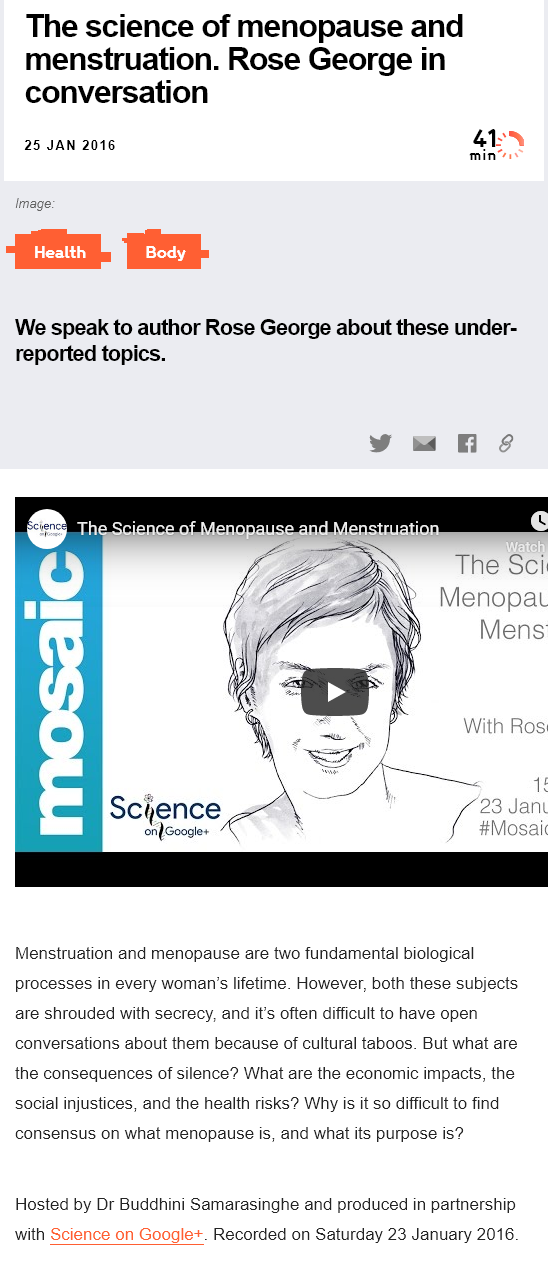
The    science    of   menopause    and
    menstruation.    Rose    George    in
    conversation
     4EN
     min”
  We speak   to  author   Rose  George    about  these  under-
   reported  topics.
  Image.
     Health    Ler
  Menstruation and menopause are  two fundamental biological
  processes in every woman's lifetime. However, both these subjects
  are shrouded with secrecy, and it's often difficult to have open
  conversations about them because of cultural taboos. But what are
  the consequences of silence? What are the economic impacts, the
  social injustices, and the health risks? Why is it so difficult to find
  consensus  on what menopause is, and what its purpose is?
  Hosted  by Dr Buddhini Samarasinghe and produced in partnership
  with Science on Google+. Recorded on Saturday 23 January 2016.
    25 JAN 2016